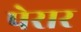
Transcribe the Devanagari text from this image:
पेरार